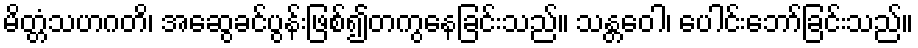
မိတ္တံသဟဂတိ၊ အဆွေခင်ပွန်းဖြစ်၍တကွနေခြင်းသည်။ သန္တဝေါ၊ ပေါင်းဘော်ခြင်းသည်။